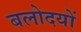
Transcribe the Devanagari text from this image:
बलोदयों